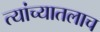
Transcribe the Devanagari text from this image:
त्यांच्यातलाच